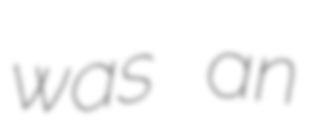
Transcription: was an